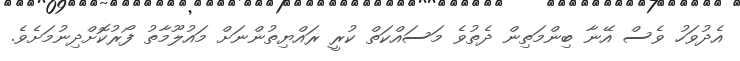
އެދުވަހު ވެސް އޭނާ ބިންމަތިން ދެތުވެ މަސައްކަތް ކުރީ ރައްޔިތުންނަށް މައުލޫމާތު ފޯރުކޮށްދިނުމަށެވެ.